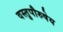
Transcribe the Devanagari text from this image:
वस्तुपौरुषेय